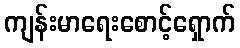
ကျန်းမာရေးစောင့်ရှောက်